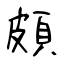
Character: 頗